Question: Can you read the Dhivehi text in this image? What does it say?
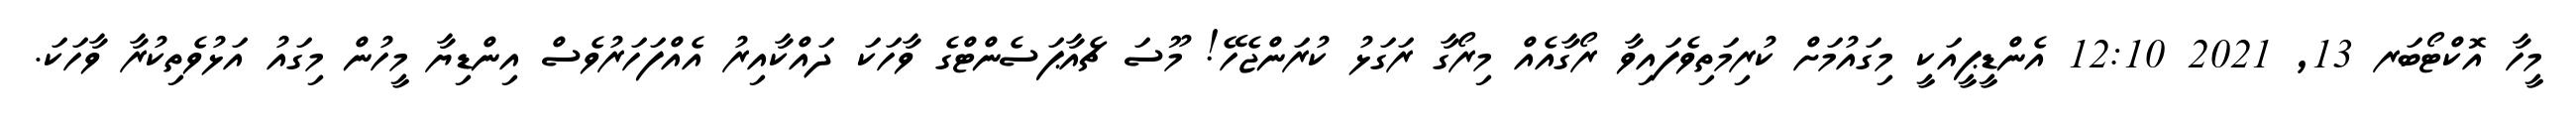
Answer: މީހާ އޮކްޓޯބަރ 13, 2021 12:10 އެންޑީޕީއަކީ މިގައުމަށް ކުރިމަތިވެފައިވާ ރޯގާއެއް މިރޯގާ ރަގަޅު ކުރަންޖެހޭ! މޫސަ ޗެއާޕަސެންޓްގެ ވާހަކަ ދައްކާއިރު އެއްފަހަރުވެސް އިންޑިޔާ މީހުން މިގައު އަޅުވެތިކުރާ ވާހަކަ.